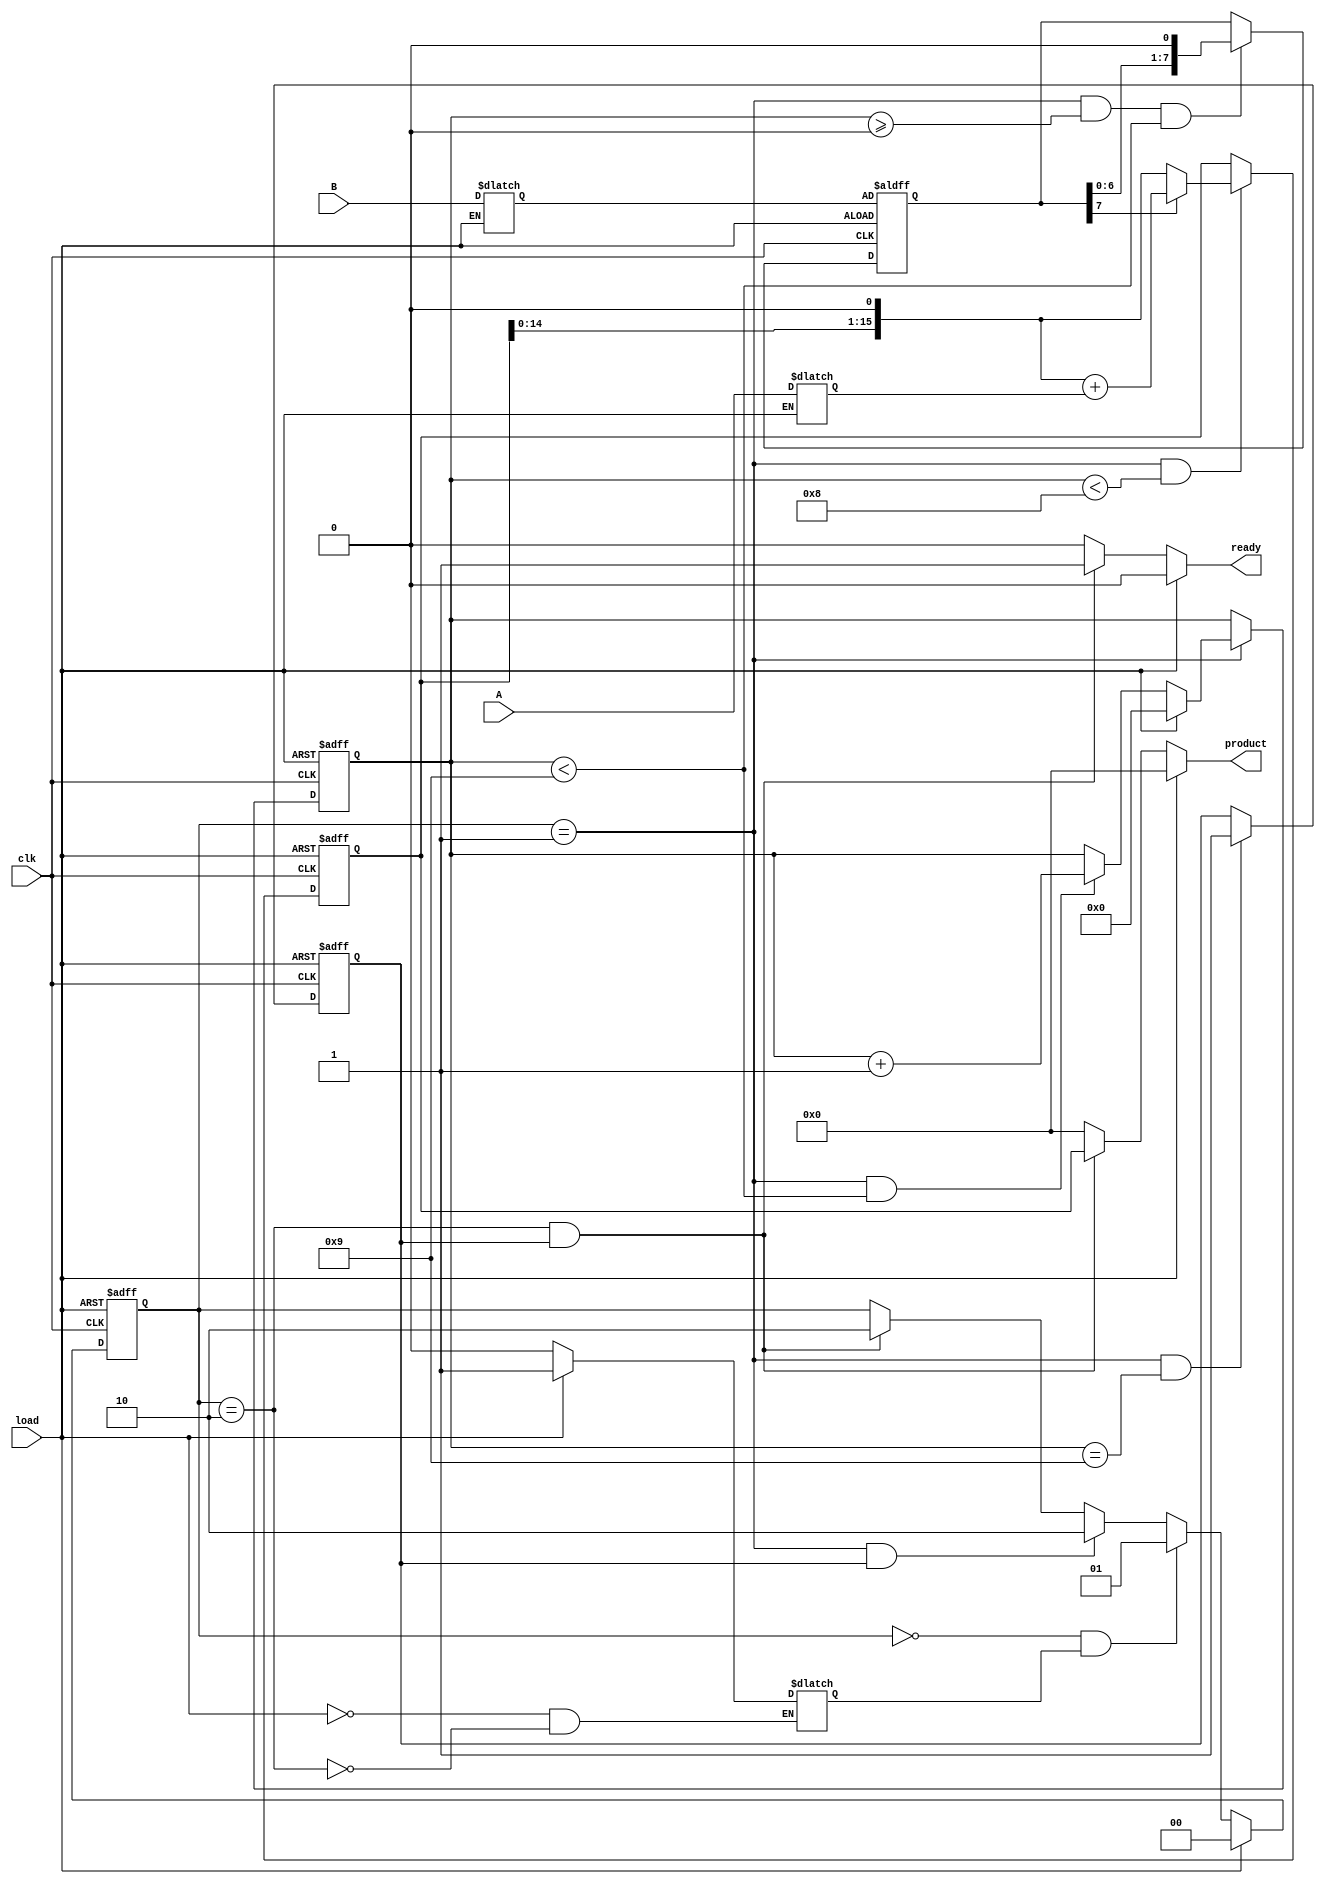
`timescale 1ns / 1ps
//////////////////////////////////////////////////////////////////////////////////
// Company: 
// Engineer: 
// 
// Design Name: 
// Module Name:    multiplier 
// Project Name: 
// Target Devices: 
// Tool versions: 
// Description: 
//
// Dependencies: 
//
// Revision: 
// Revision 0.01 - File Created
// Additional Comments: 
//
//////////////////////////////////////////////////////////////////////////////////
module multiplier(clk, load, A, B, ready, product);
	input clk,load;
	input [7:0]A,B;
	output ready;
	output [15:0] product;
	reg[7:0] m1,m2,BB;
	reg [15:0] pp16;
	reg [1:0] current_state;
	reg AB_load,multiply_done;
	reg [3:0] shift_cnt;
	wire [1:0] next_state;
	wire [4:0] next_cnt;
	
	always@(load) 
		if(load)  {m1, m2}<={A, B} ;
		else      {m1, m2}<={m1, m2}; 
		
	always@(load or current_state)
			if(load)                    AB_load<= 1'b1;
			else if(current_state==2'b10)  AB_load<= 1'b0;
			else                      AB_load<= AB_load;
			
	assign  next_state= (load)? 2'b00 :
			 (current_state==2'b00 && AB_load)? 2'b01 :
          (current_state==2'b01 && multiply_done)? 2'b10 :
			 (current_state==2'b10 && multiply_done)? 2'b10 : current_state;//2'b11;
						
	always@(posedge clk or posedge load)
		if(load)  current_state <= 2'b00;
		else    current_state<= next_state;
		
	always@(posedge clk or posedge load)
		if(load)  pp16<= 16'h0000;
		else if(current_state==2'b01 && shift_cnt<4'h8)
         pp16<= (BB[7])? ( {pp16[14:0], 1'b0} + {8'h00, m1}) : {pp16[14:0], 1'b0};//
		else    pp16<=pp16;
		
	always@(posedge clk or posedge load)
		if(load)                  shift_cnt<=4'h0;
		else if(current_state==2'b01) shift_cnt<= next_cnt;
		else                    shift_cnt<= shift_cnt;
	assign  next_cnt= (load)?                 4'b0 :
                (current_state==2'b01 &&  
                 shift_cnt<4'h9)?        shift_cnt+1 :
                                       shift_cnt;
	always@(posedge clk or posedge load)
		if(load)                       BB<=m2;
		else if(current_state==2'b01 && shift_cnt>=4'h0 && shift_cnt<4'h9) BB<= {BB[6:0], 1'b0};
		else                          BB<=BB;
	always@(posedge clk or posedge load)
		if(load)   multiply_done<= 1'b0 ;
		else if (current_state==2'b01 && shift_cnt==4'h9) multiply_done<= 1'b1;
		else      multiply_done<= multiply_done;
		
	assign  ready= (load)? 1'b0 :(current_state==2'b10 && multiply_done)?  1'b1 : 1'b0;
	assign  product= (load)? 16'h0000 :(current_state==2'b10 && multiply_done)? pp16 : 16'h0000;


endmodule